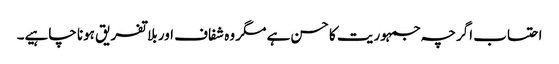
احتساب اگرچہ جمہوریت کا حسن ہے مگر وہ شفاف اور بلا تفریق ہونا چاہیے۔